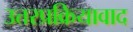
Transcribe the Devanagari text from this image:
उत्तरप्रक्रियावाद